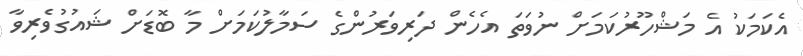
އެކަމަކު އެ މަޝްހޫރުކަމަށް ނުވަތަ އެހެން ދަރިވަރުންގެ ސަމާލުކަމަށް މާ ބޮޑަށް ޝައުގުވެރިވާ